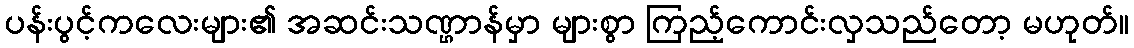
ပန်းပွင့်ကလေးများ၏ အဆင်းသဏ္ဌာန်မှာ များစွာ ကြည့်ကောင်းလှသည်တော့ မဟုတ်။